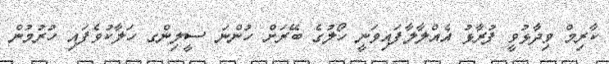
ކާރިމް ވިދާޅުވީ ފުރާޅު އެއްލާލާފައިވަނީ ހޯލުގެ ބޭރަށް ހުންނަ ސީލިންގ ހަލާކުވެފައި ހުރުމުން